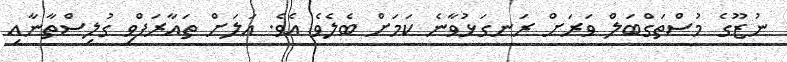
ނުޒޫގެ މުސްތަގްބަލް ވަރަށް ރަނގަޅުވާނެ ކަމަށް ބެލެވެ އެވެ. އަލަށް ތައާރަފްވި ގުލިސްތާނާއި